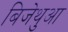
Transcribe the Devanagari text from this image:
बिजेथुआ